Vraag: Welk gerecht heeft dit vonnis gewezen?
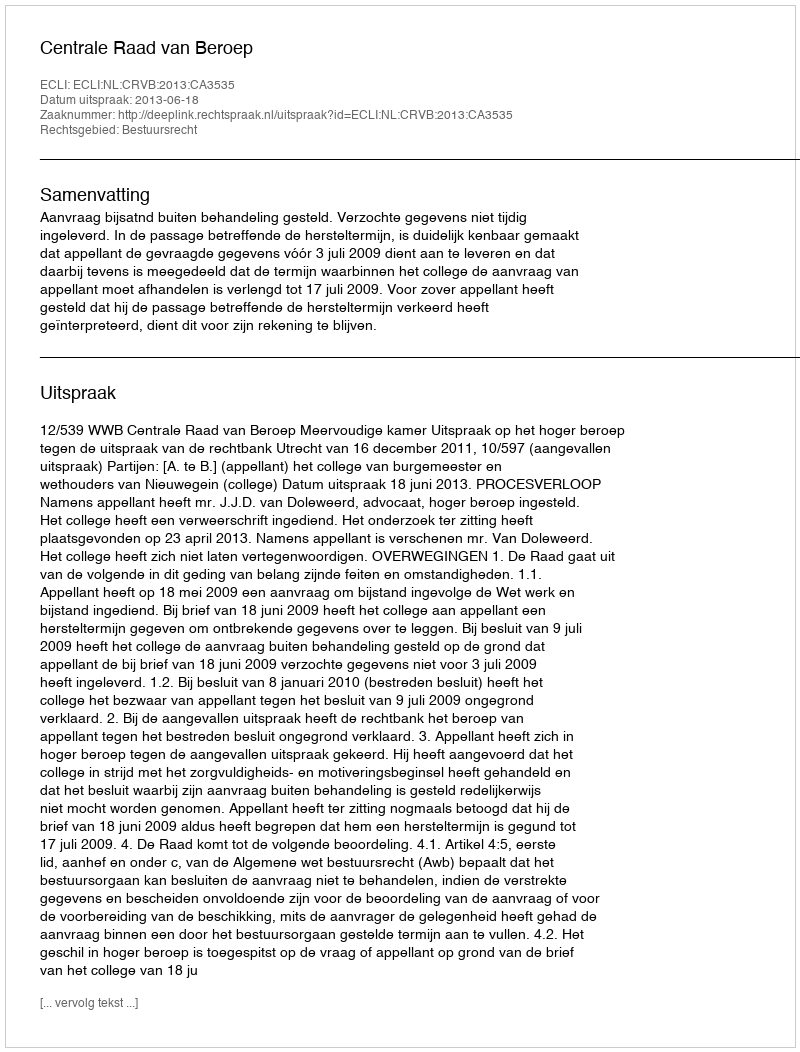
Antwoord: Centrale Raad van Beroep